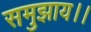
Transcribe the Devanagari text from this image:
समुझाय।।